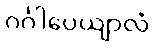
ဂင်္ဂါပေယျာလံ